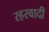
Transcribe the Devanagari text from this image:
रहस्वादी